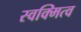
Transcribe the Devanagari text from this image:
स्वक्मित्व